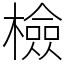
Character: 檢